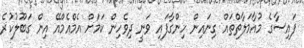
ފައިސާގެ މުއާމަލާތްތައް ގިނައިން ހިންގާފައި ވަނީ ދިވެހިން ކަމަށް އެމްއެމްއޭ އިން ގަބޫލުކުރެ